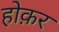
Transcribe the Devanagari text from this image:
होक़र